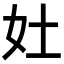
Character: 𡚳